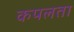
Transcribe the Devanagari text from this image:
कपलता